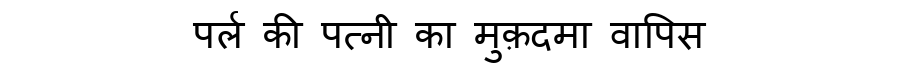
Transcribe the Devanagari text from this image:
पर्ल की पत्नी का मुक़दमा वापिस